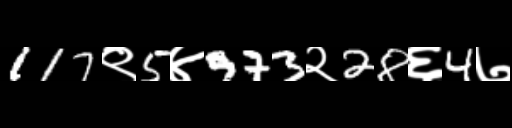
Text: 117९5४973२28६4७